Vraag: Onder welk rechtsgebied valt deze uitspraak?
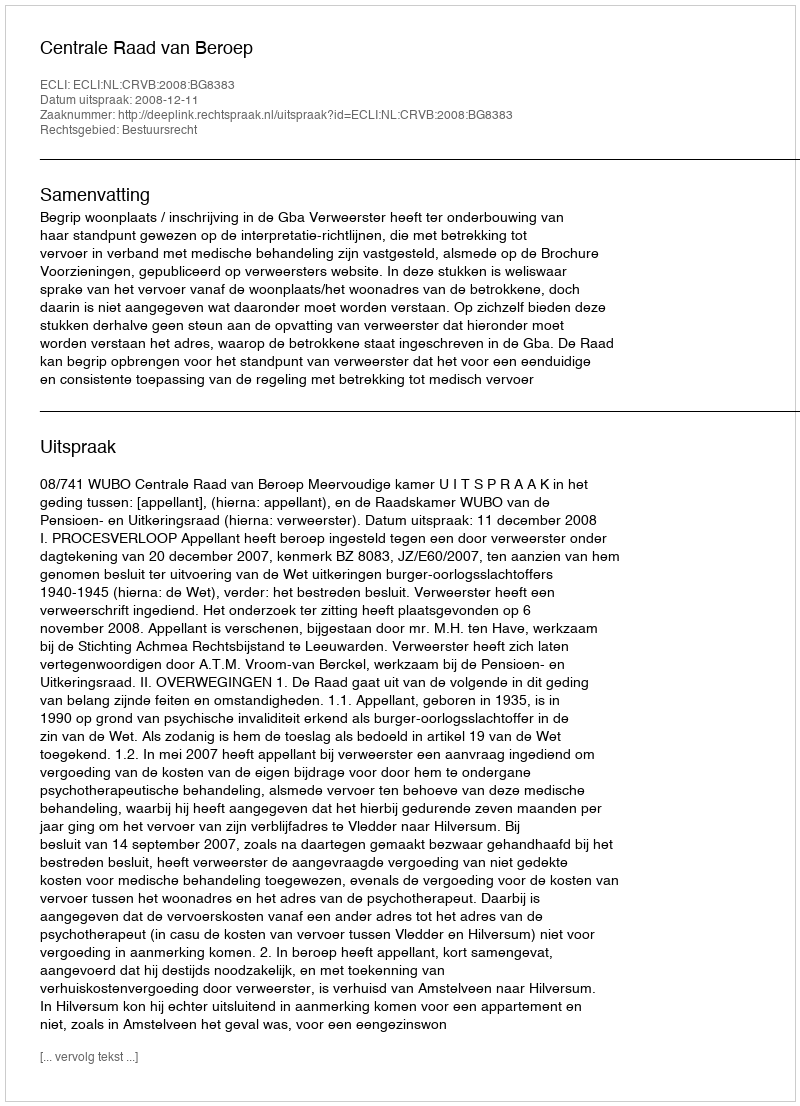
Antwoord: Bestuursrecht